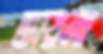
ভায়না